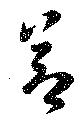
節